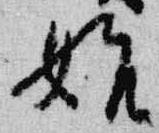
始